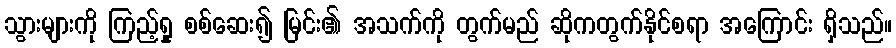
သွားများကို ကြည့်ရှု စစ်ဆေး၍ မြင်း၏ အသက်ကို တွက်မည် ဆိုကတွက်နိုင်စရာ အကြောင်း ရှိသည်။